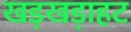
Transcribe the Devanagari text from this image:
खड़खडा़हट